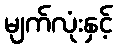
မျက်လုံးနှင့်